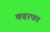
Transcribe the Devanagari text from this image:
कहाफा